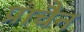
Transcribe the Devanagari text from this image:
प्राचैन